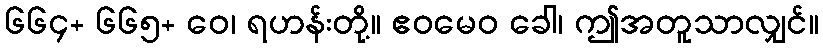
၆၆၄+ ၆၆၅+ ဝေ၊ ရဟန်းတို့။ ဧဝမေဝ ခေါ၊ ဤအတူသာလျှင်။